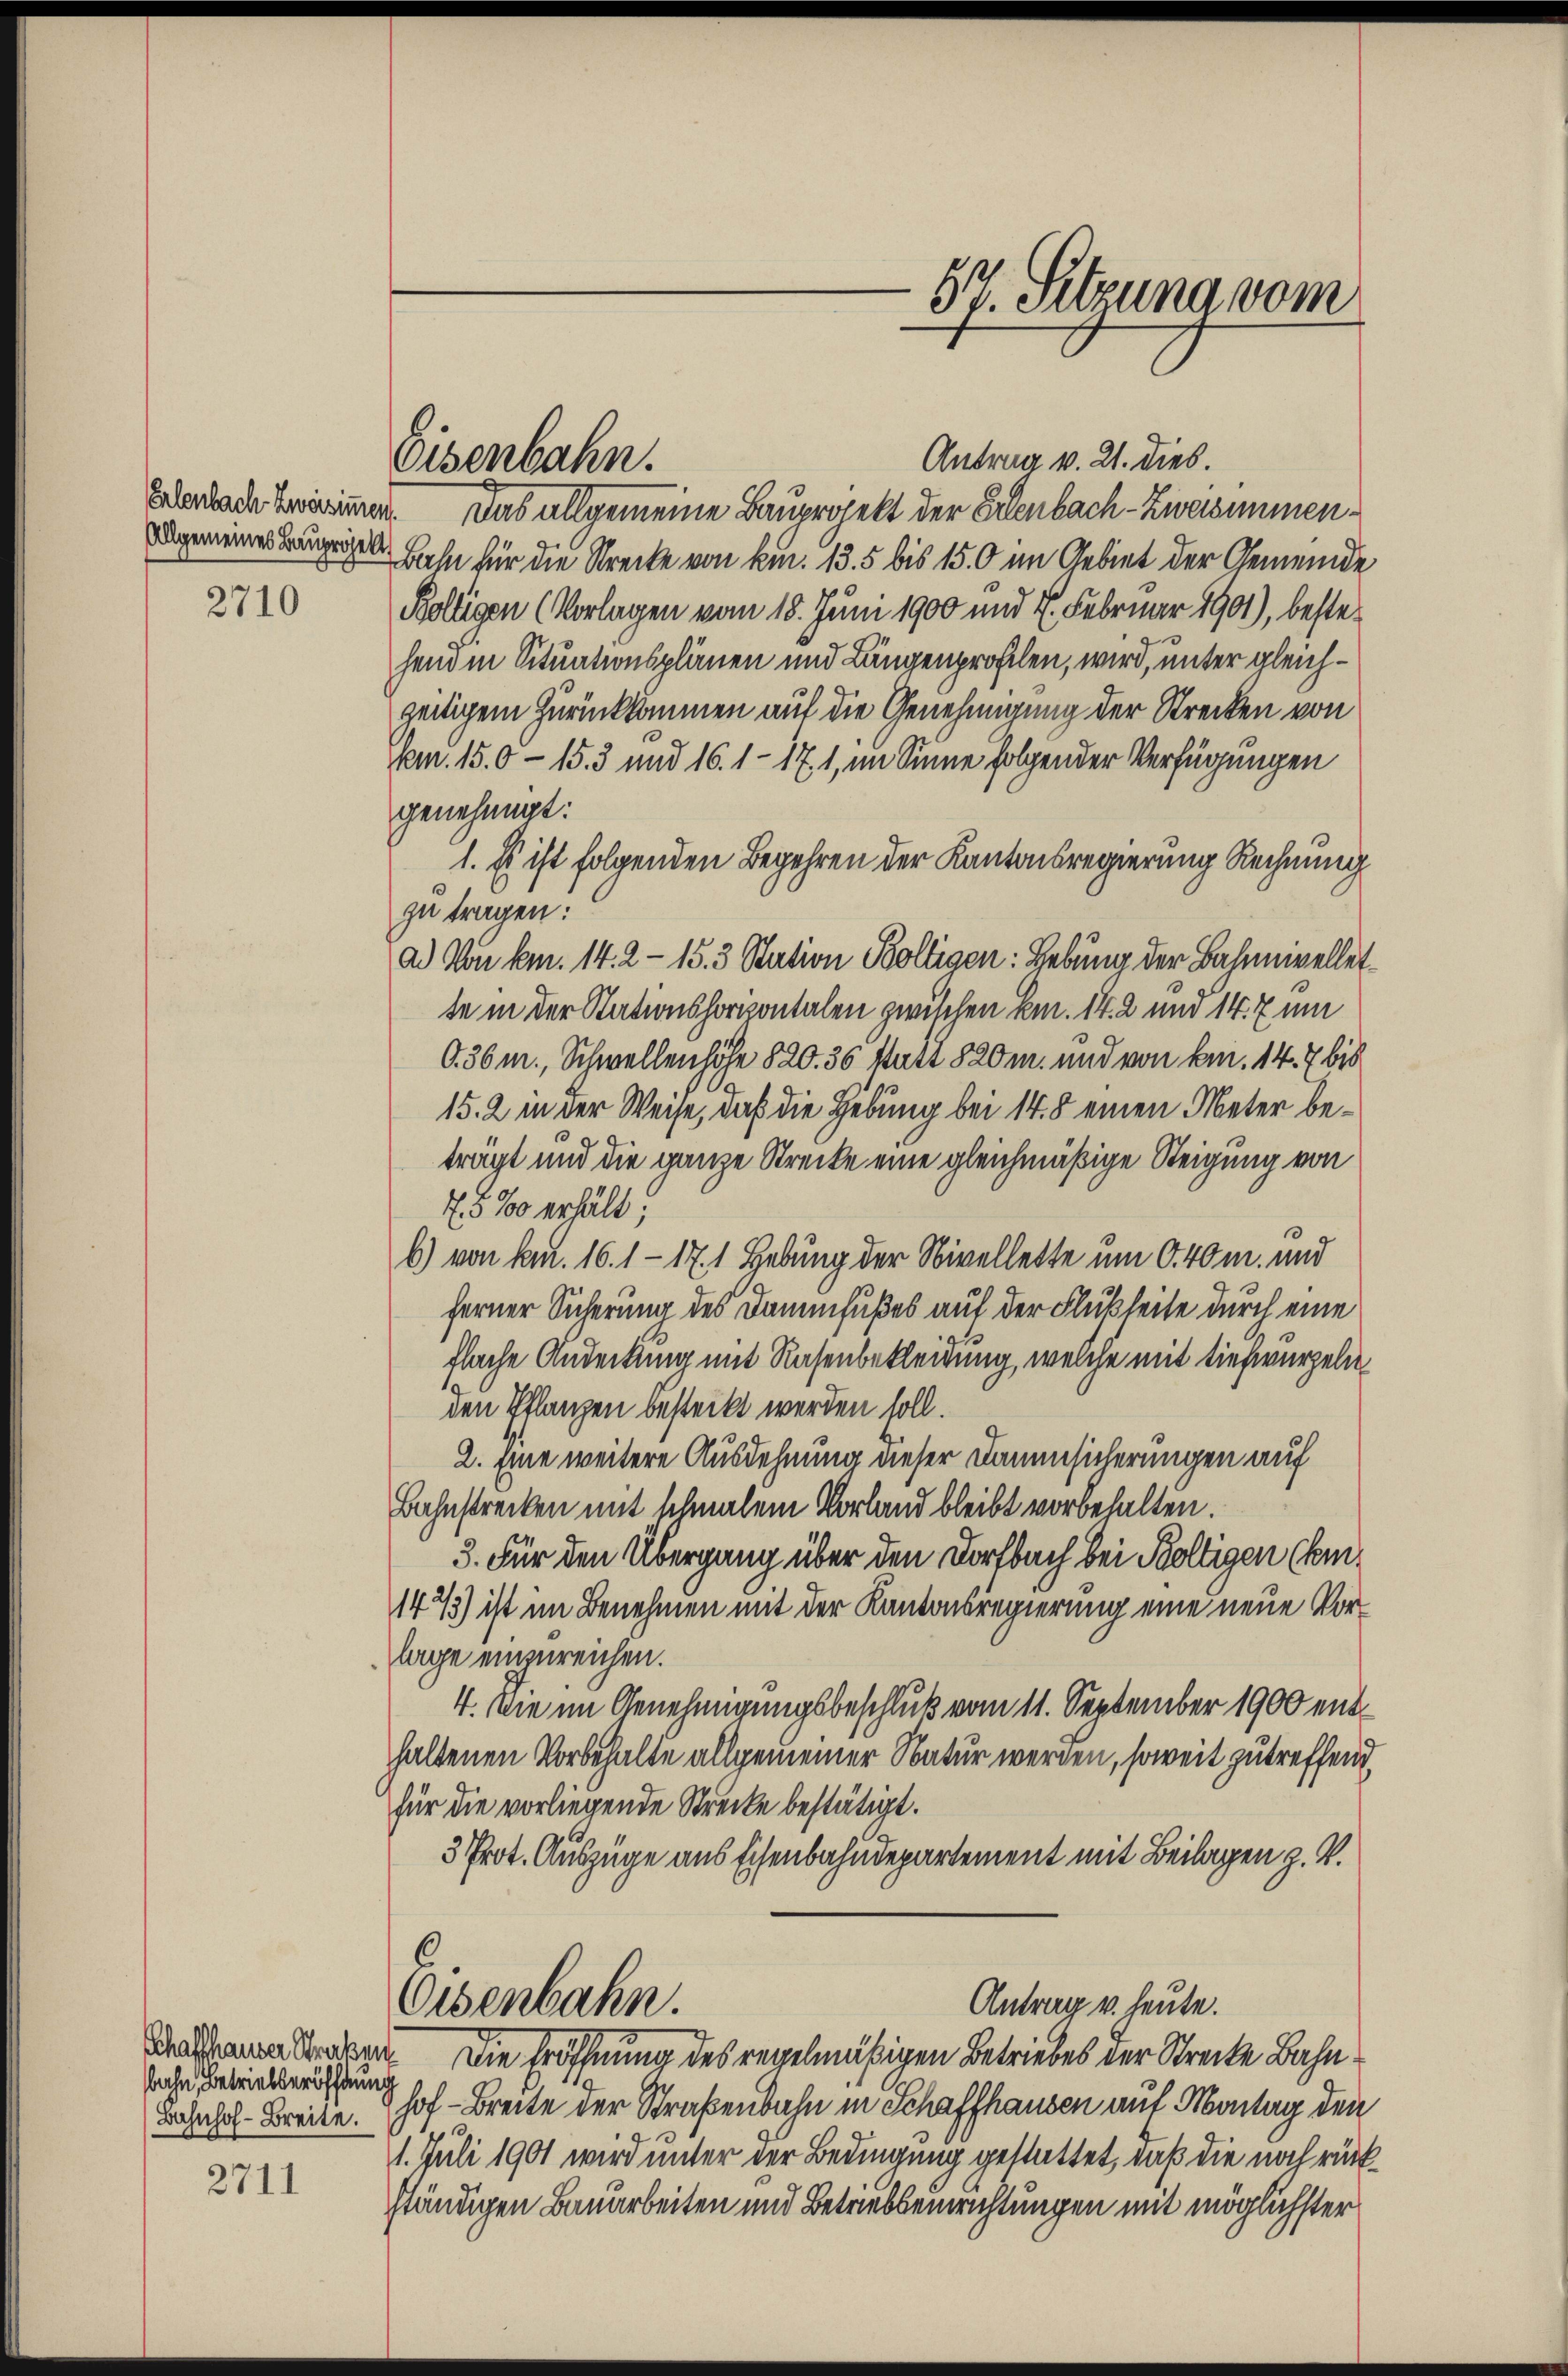
2710

bahn, Betriebseröffnung

2711

Eisenbahn.

Antrag v. 21. dies.
Eberlade erinnen. Das allgemeine Bauprojekt der Erlenbach-Zweisimmen¬
 Bahn für die Strecke von kn. 13. 5 bis 15.0 im Gebiet der Gemeinde
Kölligen (Vorlagen vom 18. Juni 1900 und 7. Februar 1901), bestehend in Situationsplänen und Längenprofilen, wird, unter gleichzeitigem Zurückkommen auf die Genehmigung der Strecken von
Am. 15.0 - 15. 3 und 16. 117, 1, im Sinne folgender Verfügungen
genehmigt:
1. Es ist folgenden Begehren der Kantonsregierung Rechnung
zu tragen:
a. Von km. 14. 2 - 15. 3 Station Kölligen: Hebung der Bahnnivellet
te in der Stationshorizontalen zwischen kn. 14. 2 und 14. 7 um
O.36 m., Schwellenhöhe 820. 36 Stutt 820 m. und von kni. 147 bis
15. 2 in der Weise, daß die Hebung bei 148 einen Meter beträgt und die ganze Strecke eine gleichmäßige Steigung von
7. 580 erhält,
b) von kn. 16. 117. 1 Hebung der Nivellette um 6. 40 m. und
ferner Sicherung des Dammfußes auf der Flußheite durch eine
flache Andeckung mit Rasenbekleidung, welche mit tiefwurzeln
den Pflanzen besteckt werden soll.
2. Eine weitere Ausdehnung dieser Dammsicherungen auf
Bahnstrecken mit schmalem Vorland bleibt vorbehalten.
3. Für den Übergang über den Dorfbach bei Poltigen (kei¬
143) ist im Benehmen mit der Kantonsregierung eine neue Vorlage einzureichen.
4. Die im Genehmigungsbeschluß vom 11. September 1900 enthaltenen Vorbehalte allgemeiner Natur werden, soweit zutreffend
für die vorliegende Strecke bestätigt.
3 Prot. Auszüge aus Eisenbahndepartement mit Beilagen z. V.
Antrag u. heute.
Eisenbahn.
dsame Straßen Die Eröffnung des regelmäßigen Betriebes der Streite Bahn¬
Bahnhof-Breite. Hof - Breite der Straßenbahn in Schaffhausen auf Montag den
1. Juli 1901 wird unter der Bedingung gestattet, daß die noch rückständigen Bauarbeiten und Betriebseinrichtungen mit möglichster

57. Sitzung vom